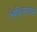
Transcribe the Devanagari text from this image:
चिकित्साकर्म